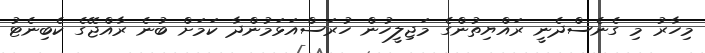
މިހާރު މި ގެނެސްދެނީ ރައްޔިތުންގެ މަޖިލީހުން ހުރަސްއަޅަމުންދާ ކަމަށް ބުނެ ރާއްޖޭގެ ކެބިނެޓު